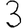
Digit: 3